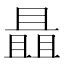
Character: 𰀝